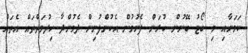
ކަމަށާއި މި ބޯޓު ބޭނުން ކުރަން ފެށުމުން އެކުންފުނިން ދެމުންދާ ހިދުމަތްތައް އެތައް